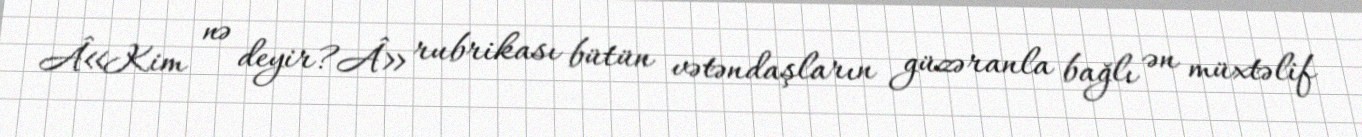
Â«Kim nə deyir?Â» rubrikası bütün vətəndaşların güzəranla bağlı ən müxtəlif